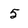
Character: 5